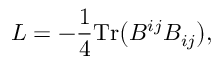
{ \cal L } = - \frac { 1 } { 4 } \mathrm { T r } \bigl ( B ^ { i j } B _ { i j } \bigr ) ,